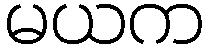
မယက